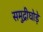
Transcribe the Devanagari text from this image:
समुद्रीघोड़े